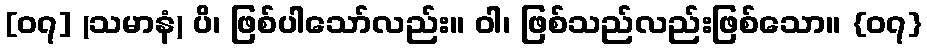
[၀၇] (သမာနံ) ပိ၊ ဖြစ်ပါသော်လည်း။ ဝါ၊ ဖြစ်သည်လည်းဖြစ်သော။ {၀၇}